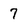
Character: 7